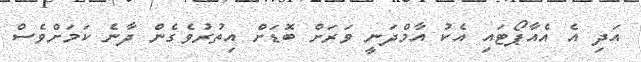
އަދި އެ އެއާޕޯޓައި އެކު އާމްދަނީ ވަރަށް ބޮޑަށް އިތުރުވެގެން ދާނެ ކަމަށްވެސް